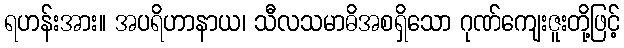
ရဟန်းအား။ အပရိဟာနာယ၊ သီလသမာဓိအစရှိသော ဂုဏ်ကျေးဇူးတို့ဖြင့်